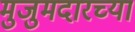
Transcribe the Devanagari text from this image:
मुजुमदारच्या